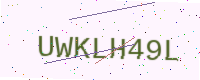
Text: UWKLH49L